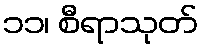
၁၁၊ စီရာသုတ်